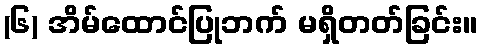
(၆) အိမ်ထောင်ပြုဘက် မရှိတတ်ခြင်း။